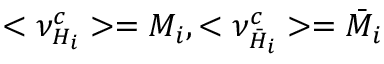
< \nu _ { H _ { i } } ^ { c } > = M _ { i } , < \nu _ { \bar { H } _ { i } } ^ { c } > = \bar { M } _ { i }